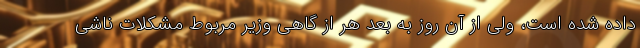
داده شده است، ولی از آن روز به بعد هر از گاهی وزیر مربوط مشکلات ناشی